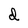
Character: d